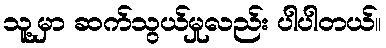
သူ့မှာ ဆက်သွယ်မှုလည်း ပါပါတယ်။